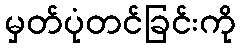
မှတ်ပုံတင်ခြင်းကို